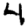
Digit: 4